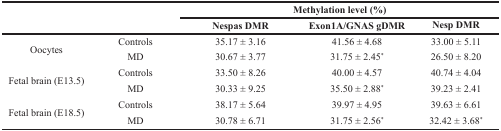
<table><thead><tr><td rowspan="2" colspan="2"></td><td colspan="3"><b>Methylation level (%)</b></td></tr><tr><td><b>Nespas DMR</b></td><td><b>Exon1A/GNAS gDMR</b></td><td><b>Nesp DMR</b></td></tr></thead><tbody><tr><td rowspan="2">Oocytes</td><td>Controls</td><td>35.17 ± 3.16</td><td>41.56 ± 4.68</td><td>33.00 ± 5.11</td></tr><tr><td>MD</td><td>30.67 ± 3.77</td><td>31.75 ± 2.45<sup>*</sup></td><td>26.50 ± 8.20</td></tr><tr><td rowspan="2">Fetal brain (E13.5)</td><td>Controls</td><td>33.50 ± 8.26</td><td>40.00 ± 4.57</td><td>40.74 ± 4.04</td></tr><tr><td>MD</td><td>30.33 ± 9.25</td><td>35.50 ± 2.88<sup>*</sup></td><td>39.23 ± 2.41</td></tr><tr><td rowspan="2">Fetal brain (E18.5)</td><td>Controls</td><td>38.17 ± 5.64</td><td>39.97 ± 4.95</td><td>39.63 ± 6.61</td></tr><tr><td>MD</td><td>30.78 ± 6.71</td><td>31.75 ± 2.56<sup>*</sup></td><td>32.42 ± 3.68<sup>*</sup></td></tr></tbody></table>